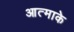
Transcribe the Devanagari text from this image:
आत्माके